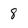
Character: 8